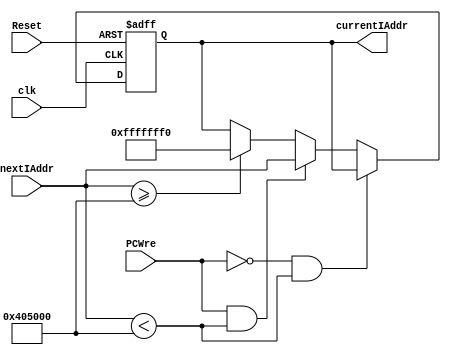
`timescale 1ns / 1ps

module PC(
    input clk,
    input Reset,
    input PCWre,
    input [31:0] nextIAddr,
    output reg [31:0] currentIAddr
    );
    parameter initaladdr = 32'h00400000;
    parameter endaddr = 32'h00405000;//
    parameter endaddrto = 32'hFFFFFFF0;//
    initial currentIAddr <= initaladdr;
    
    always @(posedge clk or negedge Reset) begin
        if(Reset == 0) currentIAddr = initaladdr;//
        else 
        begin
            if(nextIAddr>=endaddr) currentIAddr<=endaddrto ;//PCbug
            
            if(PCWre == 1&&nextIAddr<endaddr) currentIAddr <= nextIAddr;
            if(PCWre == 0&&nextIAddr<endaddr)currentIAddr <= currentIAddr;
        end
    end
endmodule